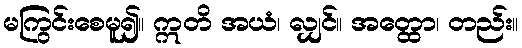
မကြွင်းစေမူ၍။ ဣတိ အယံ၊ လျှင်။ အတ္ထော၊ တည်း။